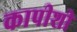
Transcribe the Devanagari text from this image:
कापीशी